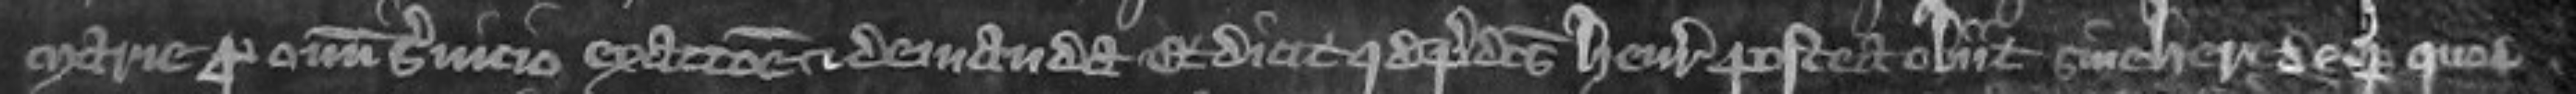
Marie pro omni servicio exactione et demanda Et dicit quod predictus Henricus postea obiit sine herede de se per quod